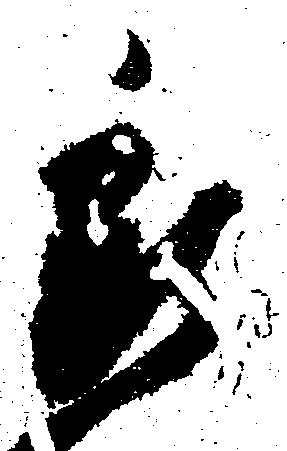
委